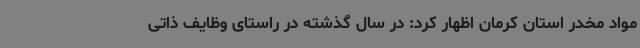
مواد مخدر استان کرمان اظهار کرد: در سال گذشته در راستای وظایف ذاتی